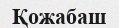
Қожабаш